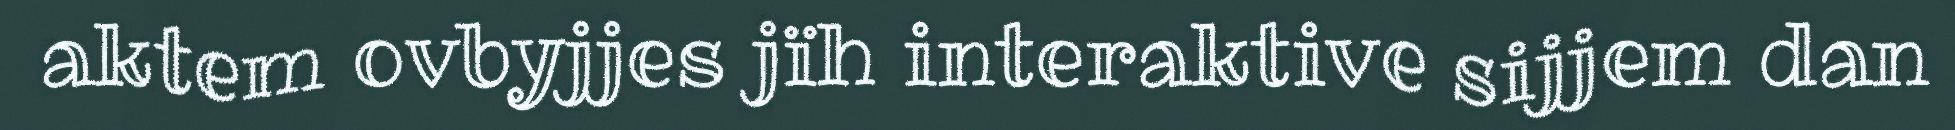
aktem ovbyjjes jïh interaktive sijjem dan